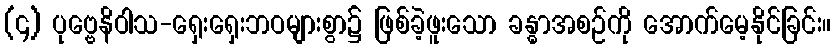
(၄) ပုဗ္ဗေနိဝါသ-ရှေးရှေးဘဝများစွာ၌ ဖြစ်ခဲ့ဖူးသော ခန္ဓာအစဉ်ကို အောက်မေ့နိုင်ခြင်း။